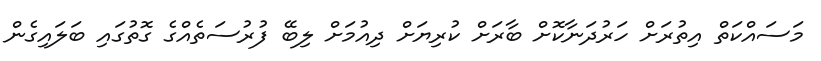
މަސައްކަތް އިތުރަށް ހަރުދަނާކޮށް ބާރަށް ކުރިޔަށް ދިއުމަށް ލިބޭ ފުރުސަތެއްގެ ގޮތުގައި ބަލައިގެން